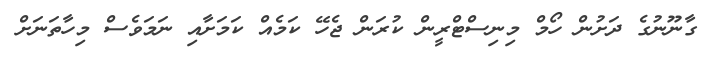
ގާނޫނުގެ ދަށުން ހޯމް މިނިސްޓްރީން ކުރަން ޖެހޭ ކަމެއް ކަމަށާއި ނަމަވެސް މިހާތަނަށް